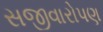
સજીવારોપણ